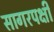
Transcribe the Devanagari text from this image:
सागरपक्षी